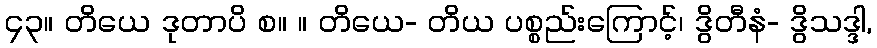
၄၃။ တိယေ ဒုတာပိ စ။ ။ တိယေ- တိယ ပစ္စည်းကြောင့်၊ ဒွိတီနံ- ဒွိသဒ္ဒါ,